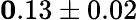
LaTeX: {\mathbf 0.13\pm 0.02}